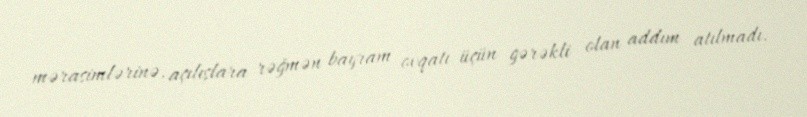
mərasimlərinə, açılışlara rəğmən bayram ovqatı üçün gərəkli olan addım atılmadı.